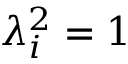
\lambda _ { i } ^ { 2 } = 1